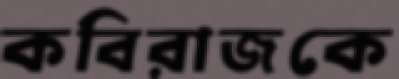
কবিরাজকে